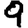
Digit: 9